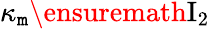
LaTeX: \kappa_{\mathtt{m}}\ensuremath{{\mathrm{{I}}_{2}}}